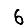
Digit: 6